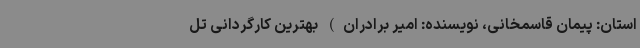
استان: پیمان قاسمخانی، نویسنده: امیر برادران) بهترین کارگردانی تل